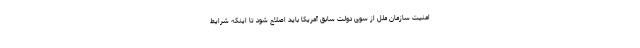
امنیت سازمان ملل از سوی دولت سابق آمریکا باید اصلاح شود تا اینکه شرایط